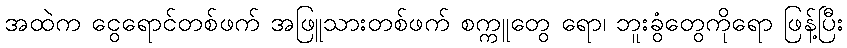
အထဲက ငွေရောင်တစ်ဖက် အဖြူသားတစ်ဖက် စက္ကူတွေ ရော၊ ဘူးခွံတွေကိုရော ဖြန့်ပြီး